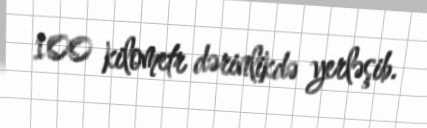
100 kilometr dərinlikdə yerləşib.